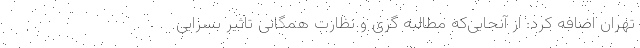
تهران اضافه کرد: از آنجایی‌که مطالبه گری و نظارت همگانی تاثیر بسزایی